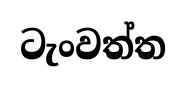
ටැංවත්ත